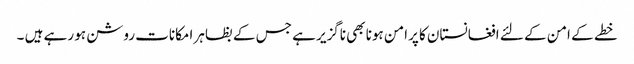
خطے کے امن کے لئے افغانستان کا پرامن ہونا بھی ناگزیر ہے جس کے بظاہر امکانات روشن ہو رہے ہیں ۔